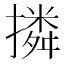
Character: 撛